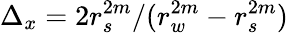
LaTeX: \Delta_{x}=2r_{s}^{2m}/(r_{w}^{2m}-r_{s}^{2m})